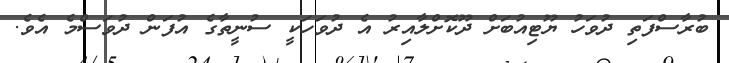
ބުރާސްފަތި ދުވަހު ޔޫޓިއުބަށް ދޫކޮށްލާއިރު އެ ދުވަހަކީ ސުނީތާގެ އުފަން ދުވަސްމެ އެވެ.